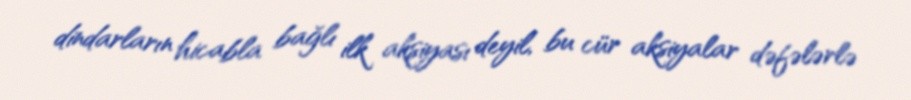
dindarların hicabla bağlı ilk aksiyası deyil, bu cür aksiyalar dəfələrlə